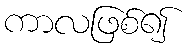
ကာလဖြစ်၍